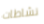
نشاطات